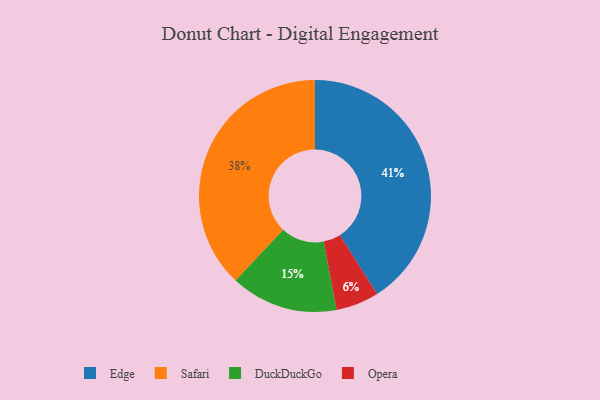
{"axis": {"x": "Category", "y": "Percentage"}, "legend": ["DuckDuckGo", "Edge", "Opera", "Safari"], "data": [{"x": "Safari", "y": 38, "type": "Safari"}, {"x": "Edge", "y": 41, "type": "Edge"}, {"x": "DuckDuckGo", "y": 15, "type": "DuckDuckGo"}, {"x": "Opera", "y": 6, "type": "Opera"}]}